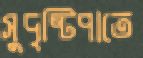
সুদৃষ্টিপাতে